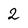
Character: 2